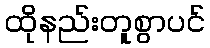
ထိုနည်းတူစွာပင်